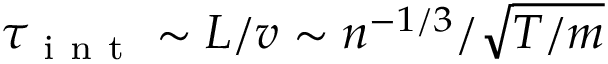
\tau _ { \mathrm { ~ i ~ n ~ t ~ } } \sim L / v \sim n ^ { - 1 / 3 } / \sqrt { T / m }